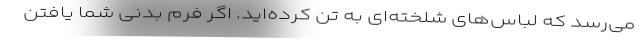
می‌رسد که لباس‌های شلخته‌ای به تن کرده‌اید. اگر فرم بدنی شما یافتن